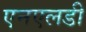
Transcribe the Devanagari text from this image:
एनएलडी